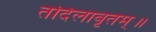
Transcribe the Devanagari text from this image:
तदिलावृतम्॥